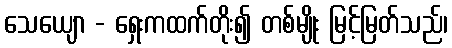
သေယျော - ရှေးကထက်တိုး၍ တစ်မျိုး မြင့်မြတ်သည်၊